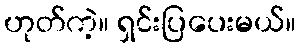
ဟုတ်ကဲ့။ ရှင်းပြပေးမယ်။